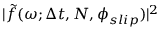
| \tilde { f } ( \omega ; \Delta t , N , \phi _ { s l i p } ) | ^ { 2 }